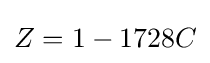
Z=1-1728C